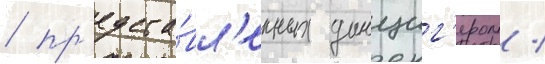
/ пр'едста́вл'енных данциг'ером /